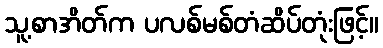
သူ့စာအိတ်က ပလစ်မစ်တံဆိပ်တုံးဖြင့်။